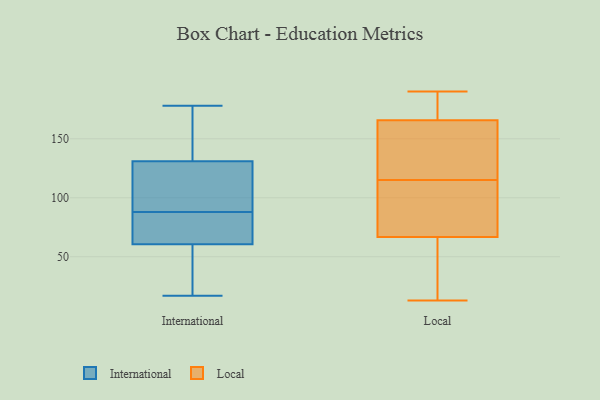
{"axis": {"x": "LTV (USD)", "y": "Value"}, "legend": ["International", "Local"], "data": [{"x": "", "y": 153, "type": "International"}, {"x": "", "y": 88, "type": "International"}, {"x": "", "y": 134, "type": "International"}, {"x": "", "y": 88, "type": "International"}, {"x": "", "y": 178, "type": "International"}, {"x": "", "y": 78, "type": "International"}, {"x": "", "y": 104, "type": "International"}, {"x": "", "y": 104, "type": "International"}, {"x": "", "y": 64, "type": "International"}, {"x": "", "y": 21, "type": "International"}, {"x": "", "y": 17, "type": "International"}, {"x": "", "y": 57, "type": "International"}, {"x": "", "y": 55, "type": "International"}, {"x": "", "y": 85, "type": "International"}, {"x": "", "y": 152, "type": "International"}, {"x": "", "y": 128, "type": "International"}, {"x": "", "y": 75, "type": "Local"}, {"x": "", "y": 101, "type": "Local"}, {"x": "", "y": 38, "type": "Local"}, {"x": "", "y": 96, "type": "Local"}, {"x": "", "y": 165, "type": "Local"}, {"x": "", "y": 61, "type": "Local"}, {"x": "", "y": 176, "type": "Local"}, {"x": "", "y": 185, "type": "Local"}, {"x": "", "y": 94, "type": "Local"}, {"x": "", "y": 115, "type": "Local"}, {"x": "", "y": 190, "type": "Local"}, {"x": "", "y": 157, "type": "Local"}, {"x": "", "y": 13, "type": "Local"}, {"x": "", "y": 116, "type": "Local"}, {"x": "", "y": 166, "type": "Local"}, {"x": "", "y": 52, "type": "Local"}, {"x": "", "y": 132, "type": "Local"}, {"x": "", "y": 64, "type": "Local"}, {"x": "", "y": 181, "type": "Local"}]}